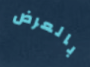
بالعرض